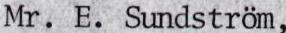
Mr. E. Sundström,